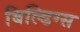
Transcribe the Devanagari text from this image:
बिल्डिग्स